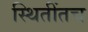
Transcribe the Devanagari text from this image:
स्थितींतच